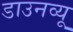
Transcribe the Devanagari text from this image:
डाउनव्यू